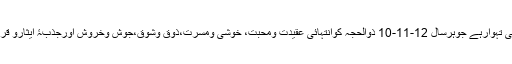
مسلمانوں کاعظیم مذہبی تہوارہے جوہرسال 12-11-10 ذوالحجہ کوانتہائی عقیدت ومحبت، خوشی ومسرت،ذوق وشوق،جوش وخروش اورجذبۂ ایثارو قربانی کے منایاجاتاہے۔